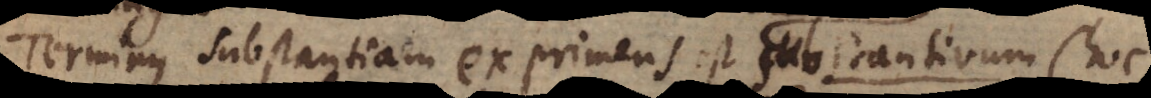
Terminus substantiam exprimens est c o